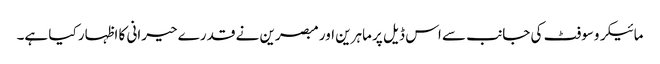
مائیکروسوفٹ کی جانب سے اس ڈیل پر ماہرین اور مبصرین نے قدرے حیرانی کا اظہار کیا ہے۔